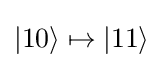
|10\rangle \mapsto |11\rangle